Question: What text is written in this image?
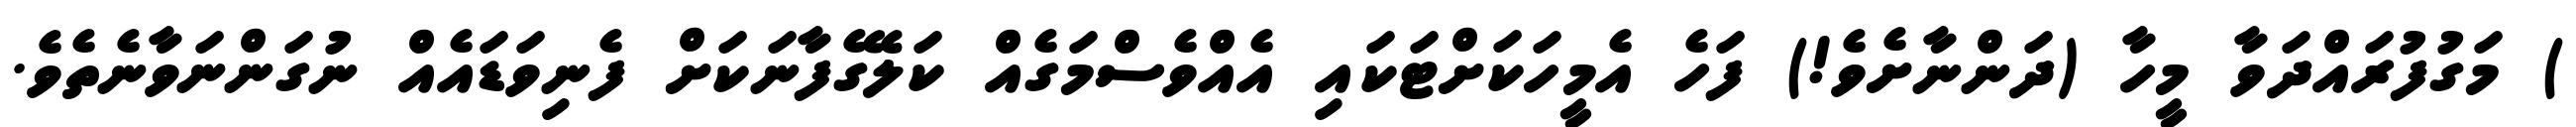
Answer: ) މަގުފުރައްދަވާ މީހާ (ދަންނާށެވެ!) ފަހެ އެމީހަކަށްޓަކައި އެއްވެސްމަގެއް ކަލޭގެފާނަކަށް ފެނިވަޑައެއް ނުގަންނަވާނެތެވެ.